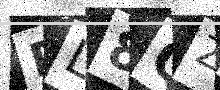
Text: PL8QZ1